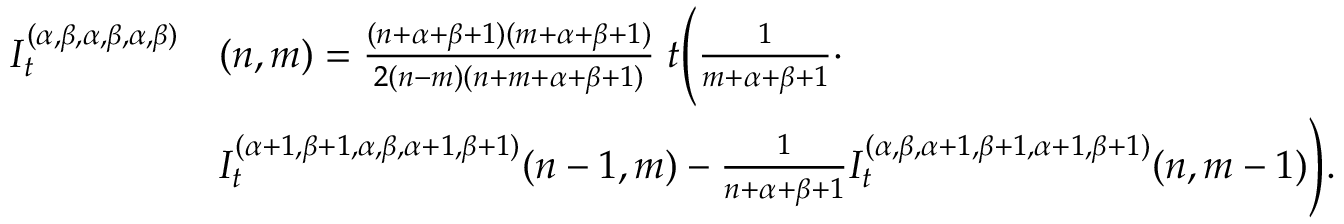
\begin{array} { r l } { I _ { t } ^ { ( \alpha , \beta , \alpha , \beta , \alpha , \beta ) } } & { ( n , m ) = \frac { ( n + \alpha + \beta + 1 ) ( m + \alpha + \beta + 1 ) } { 2 ( n - m ) ( n + m + \alpha + \beta + 1 ) } \; t \Bigg ( \frac { 1 } { m + \alpha + \beta + 1 } \cdot } \\ & { I _ { t } ^ { ( \alpha + 1 , \beta + 1 , \alpha , \beta , \alpha + 1 , \beta + 1 ) } { ( n - 1 , m ) } - \frac { 1 } { n + \alpha + \beta + 1 } I _ { t } ^ { ( \alpha , \beta , \alpha + 1 , \beta + 1 , \alpha + 1 , \beta + 1 ) } { ( n , m - 1 ) } \Bigg ) . } \end{array}